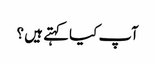
آپ کیا کہتے ہیں ؟